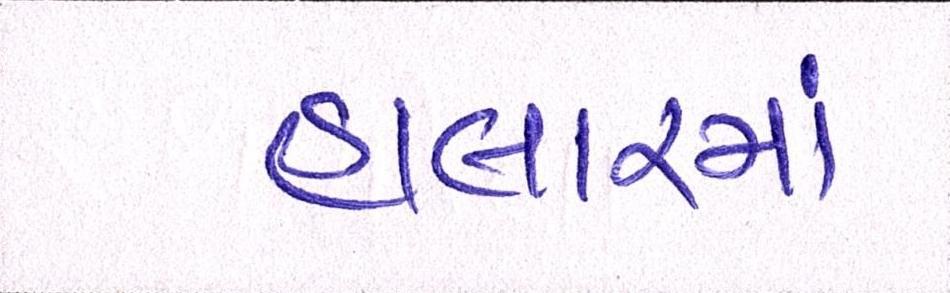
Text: હાલારમાં